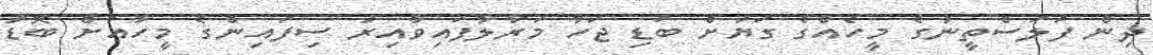
ދިން ފަލަސްތީނުގެ މީހެއްގެ ގަޔަށް ބަޑި ޖަހާ މަރާލާފައިވާއިރު ސިފައިންގެ މީހާއަށް ބޮޑު